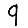
Digit: 9